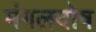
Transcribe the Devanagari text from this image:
मंगलदोष